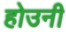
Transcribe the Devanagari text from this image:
होउनी